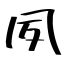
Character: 夙